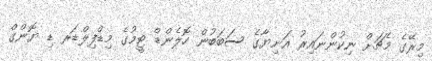
މިރޭގެ މެޗަށް ނިކުންނައިރު އަނިޔާގެ ސަބަބުން ހޮލެންޑް ޓީމުގެ މިޑްފިލްޑަރ ޑި ޔޮންގް